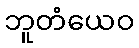
ဘူတံယေဝ